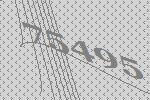
75495